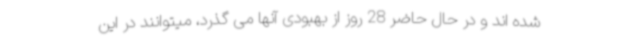
شده اند و در حال حاضر 28 روز از بهبودی آنها می گذرد، میتوانند در این